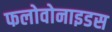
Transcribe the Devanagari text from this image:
फलोवोनाइडस